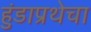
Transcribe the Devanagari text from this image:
हुंडाप्रथेचा